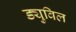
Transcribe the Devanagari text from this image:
ड्युविल